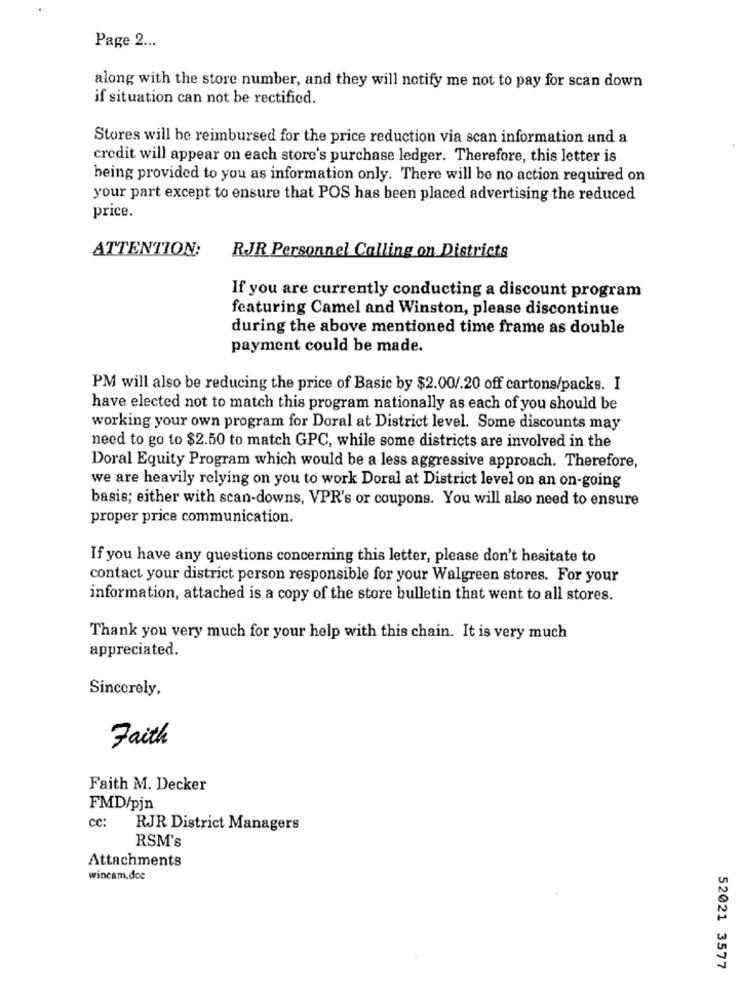
Page 2 ...
along with the store number, and they will notify me not to pay for scan down
if situation can not be rectified.
Stores will be reimbursed for the price reduction via scan information and a
credit will appear on each store's purchase ledger. Therefore, this letter is
being provided to you as information only. There will be no action required on
your part except to ensure that POS has been placed advertising the reduced
price.
ATTENTION:
RJR Personnel Calling on Districts
If you are currently conducting a discount program
featuring Camel and Winston, please discontinue
during the above mentioned time frame as double
payment could be made.
PM will also be reducing the price of Basic by $2.00/.20 off cartons/packs. I
have elected not to match this program nationally as each of you should be
working your own program for Doral at District level. Some discounts may
need to go to $2.50 to match GPC, while some districts are involved in the
Doral Equity Program which would be a less aggressive approach. Therefore,
we are heavily relying on you to work Doral at District level on an on-going
basis; either with scan-downs, VPR's or coupons. You will also need to ensure
proper price communication.
If you have any questions concerning this letter, please don't hesitate to
contact your district person responsible for your Walgreen stores. For your
information, attached is a copy of the store bulletin that went to all stores.
Thank you very much for your help with this chain. It is very much
appreciated.
Sincerely,
Faith
Faith M. Decker
FMD/pjn
cc:
RJR District Managers
RSM's
Attachments
wincam.doc
52021 3577